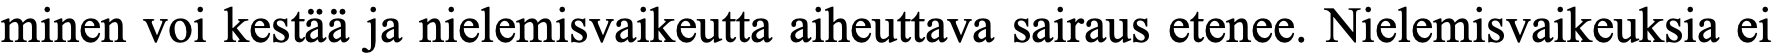
minen voi kestää ja nielemisvaikeutta aiheuttava sairaus etenee. Nielemisvaikeuksia ei